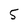
Character: 5